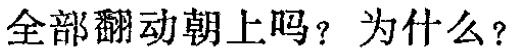
全部翻动朝上吗？为什么？